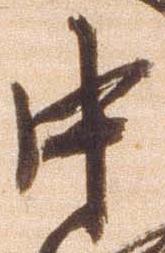
中